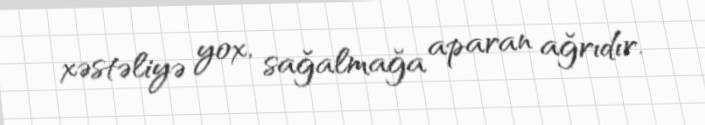
xəstəliyə yox, sağalmağa aparan ağrıdır.